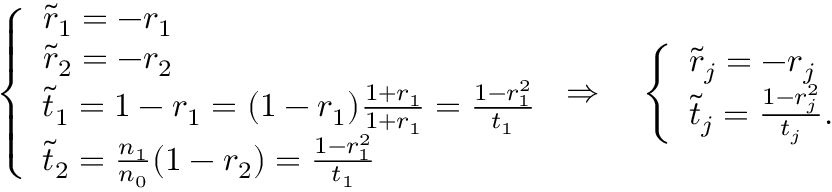
\left\{ \begin{array} { l l } { \tilde { r } _ { 1 } = - r _ { 1 } } \\ { \tilde { r } _ { 2 } = - r _ { 2 } } \\ { \tilde { t } _ { 1 } = 1 - r _ { 1 } = ( 1 - r _ { 1 } ) \frac { 1 + r _ { 1 } } { 1 + r _ { 1 } } = \frac { 1 - r _ { 1 } ^ { 2 } } { t _ { 1 } } } \\ { \tilde { t } _ { 2 } = \frac { n _ { 1 } } { n _ { 0 } } ( 1 - r _ { 2 } ) = \frac { 1 - r _ { 1 } ^ { 2 } } { t _ { 1 } } } \end{array} \right. \Rightarrow \quad \left\{ \begin{array} { l l } { \tilde { r } _ { j } = - r _ { j } } \\ { \tilde { t } _ { j } = \frac { 1 - r _ { j } ^ { 2 } } { t _ { j } } . } \end{array} \right.